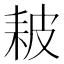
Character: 耚